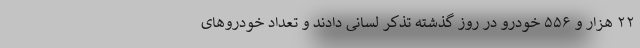
۲۲ هزار و ۵۵۶ خودرو در روز گذشته تذکر لسانی دادند و تعداد خودروهای